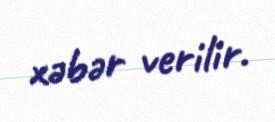
xəbər verilir.